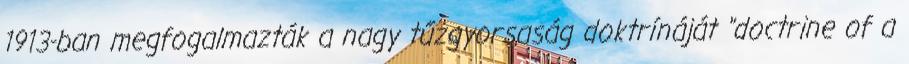
1913-ban megfogalmazták a nagy tűzgyorsaság doktrínáját "doctrine of a